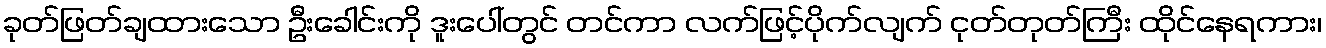
ခုတ်ဖြတ်ချထားသော ဦးခေါင်းကို ဒူးပေါ်တွင် တင်ကာ လက်ဖြင့်ပိုက်လျက် ငုတ်တုတ်ကြီး ထိုင်နေရကား၊